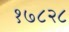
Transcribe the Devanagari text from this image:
१७८२८